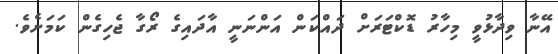
އޭނާ ވިދާޅުވީ މިހާރު ޑޮކްޓަރަށް ދައްކަން އަންނަނީ އާދައިގެ ރޯގާ ޖެހިގެން ކަމަށެވެ.